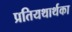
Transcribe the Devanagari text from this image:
प्रतियथार्थका